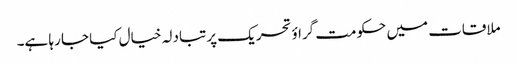
ملاقات میں حکومت گراؤ تحریک پر تبادلہ خیال کیا جا رہا ہے۔